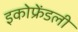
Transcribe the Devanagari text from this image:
इकोफ्रेंडली